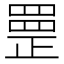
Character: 𦋳